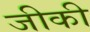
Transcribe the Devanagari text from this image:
जीकी